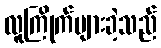
လူကြိုက်များခဲ့သည်